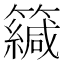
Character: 𥶳